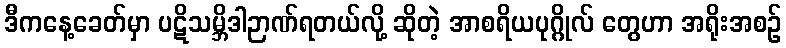
ဒီကနေ့ခေတ်မှာ ပဋိသမ္ဘိဒါဉာဏ်ရတယ်လို့ ဆိုတဲ့ အာစရိယပုဂ္ဂိုလ် တွေဟာ အရိုးအစဉ်